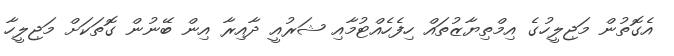
އެގޮތުން މަޖިލީހުގެ އިމްތިޔާޒުތައް ހިފެހެއްޓުމާއި ޝަރުއީ ދާއިރާ އިން ބޭނުން ގޮތަކަށް މަޖިލީހާ